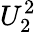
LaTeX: U_{2}^{2}